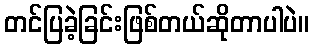
တင်ပြခဲ့ခြင်းဖြစ်တယ်ဆိုတာပါပဲ။